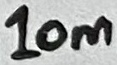
Text: 10m